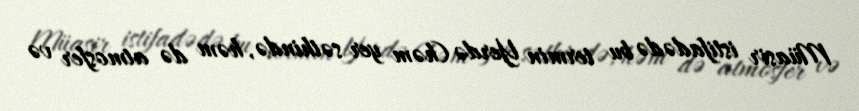
Müasir istifadədə bu termin Yerdə (həm yer səthində, həm də atmosfer və